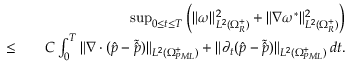
\begin{array} { r l r } & { } & { \operatorname* { s u p } _ { 0 \leq t \leq T } \Big ( \| \omega \| _ { L ^ { 2 } ( \Omega _ { R } ^ { + } ) } ^ { 2 } + \| \nabla \omega ^ { * } \| _ { L ^ { 2 } ( \Omega _ { R } ^ { + } ) } ^ { 2 } \Big ) } \\ { \leq } & { } & { C \int _ { 0 } ^ { T } \| \nabla \cdot ( \hat { p } - \tilde { \hat { p } } ) \| _ { L ^ { 2 } ( \Omega _ { P M L } ^ { + } ) } + \| \partial _ { t } ( \hat { p } - \tilde { \hat { p } } ) \| _ { L ^ { 2 } ( \Omega _ { P M L } ^ { + } ) } \, d t . } \end{array}